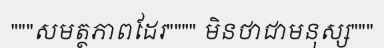
"""សមត្ថភាពដែរ"""" មិនថាជាមនុស្ស"""